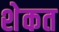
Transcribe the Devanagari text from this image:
शेकत